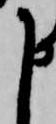
申